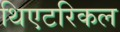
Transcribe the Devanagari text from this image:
थिएटरिकल